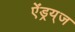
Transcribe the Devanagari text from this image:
ऐंड्रय्‌ज